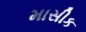
માસીક